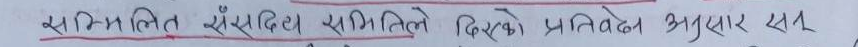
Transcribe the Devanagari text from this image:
सम्बन्धित संसदिय समितिले दिएको प्रतिवेदन अनुसार सव